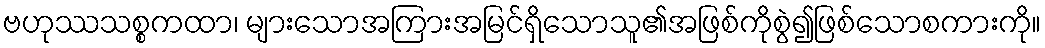
ဗဟုဿသစ္စကထာ၊ များသောအကြားအမြင်ရှိသောသူ၏အဖြစ်ကိုစွဲ၍ဖြစ်သောစကားကို။